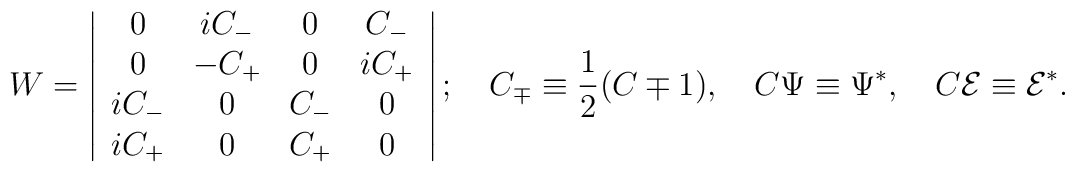
W=\left|\begin{array}{cccc}0 & iC_{-} & 0 & C_{-} \\0 & -C_{+} & 0 & iC_{+} \\iC_{-} & 0 & C_{-} & 0 \\iC_{+} & 0 & C_{+} & 0\end{array}\right|; \quad C_{\mp }\equiv \frac 12(C\mp 1), \quad C\Psi \equiv \Psi^{*}, \quad C\mathcal{E}\equiv \mathcal{E}^{*}.